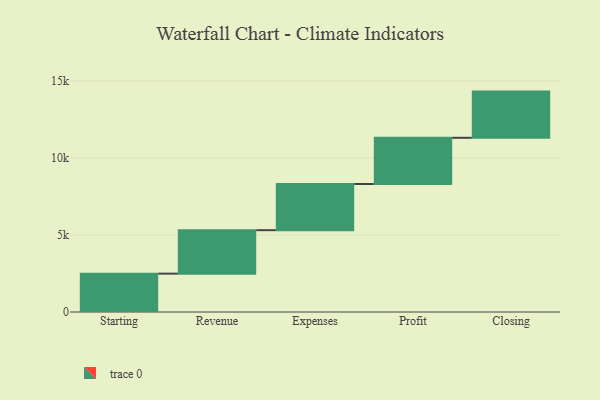
{"axis": {"x": "Step", "y": "Value"}, "legend": [""], "data": [{"x": "Starting", "y": 2491.0, "type": ""}, {"x": "Revenue", "y": 2822.0, "type": ""}, {"x": "Expenses", "y": 3000, "type": ""}, {"x": "Profit", "y": 3000, "type": ""}, {"x": "Closing", "y": 3000, "type": ""}]}